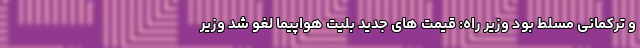
و ترکمانی مسلط بود وزیر راه: قیمت های جدید بلیت هواپیما لغو شد وزیر